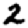
Digit: 2